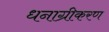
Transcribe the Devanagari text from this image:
धनाग्रीकरण